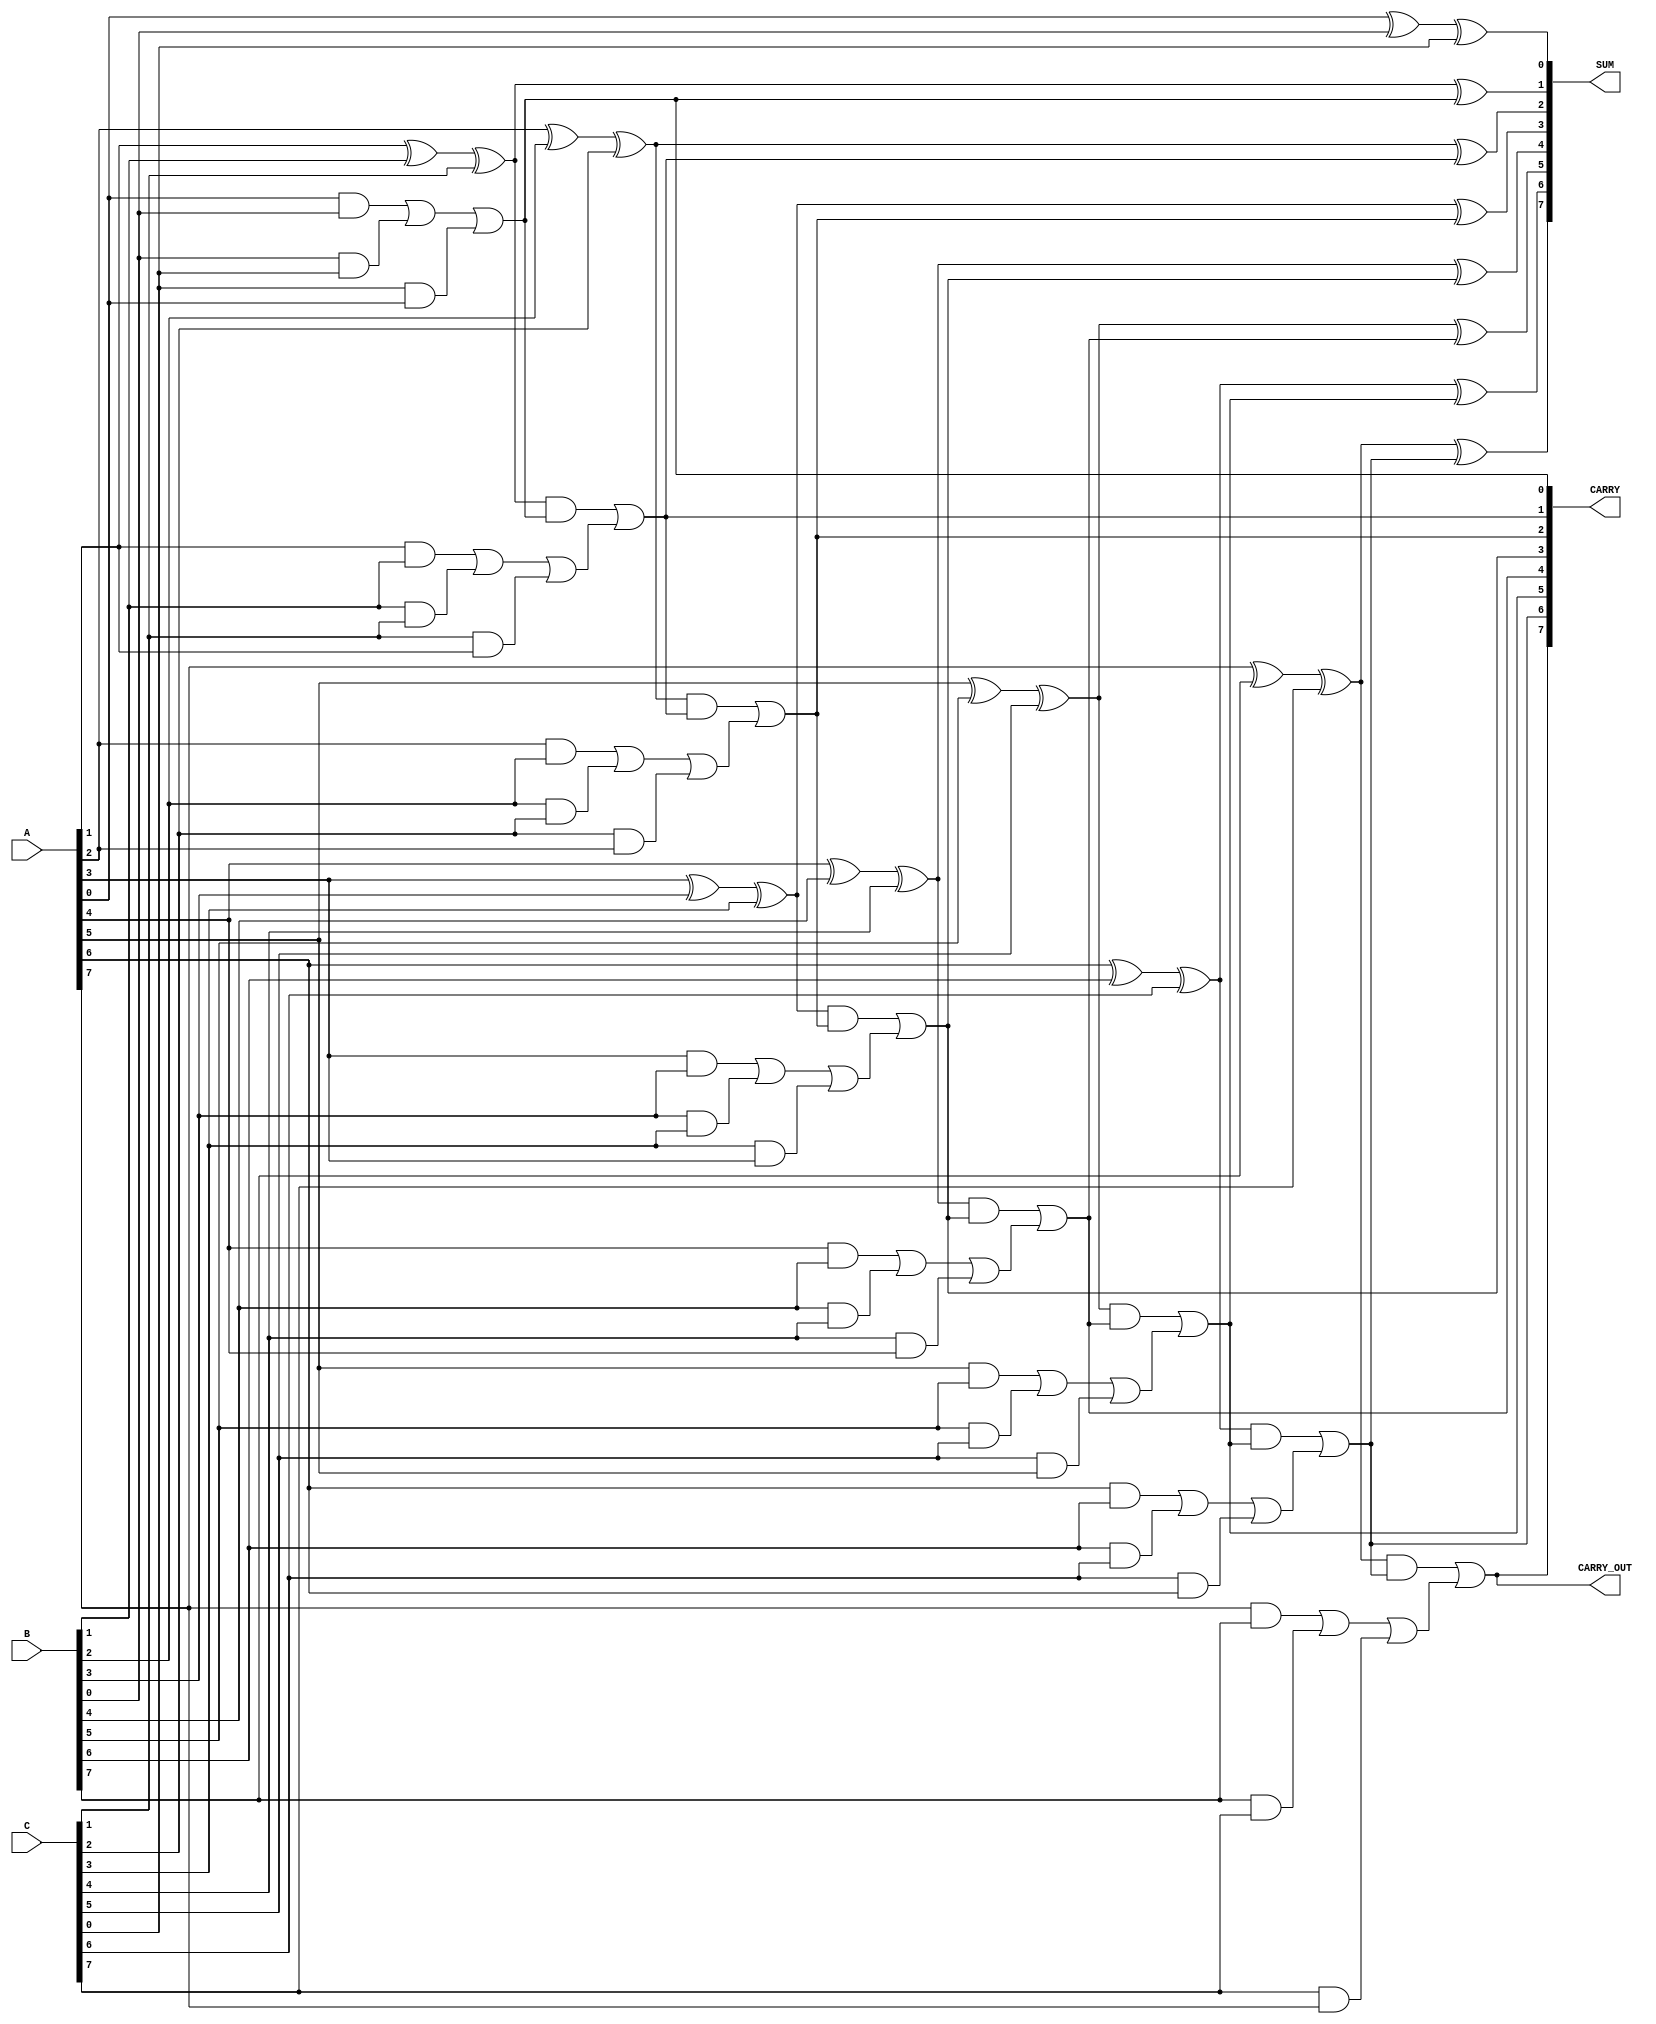
module CarrySaveAdder #(
    parameter N = 8 // Width of input operands
)(
    input [N-1:0] A,
    input [N-1:0] B,
    input [N-1:0] C,
    output [N-1:0] SUM,
    output [N-1:0] CARRY,
    output CARRY_OUT
);

    wire [N-1:0] S1, S2, C1, C2;

    // First stage of the Carry Save Adder
    // Full adders calculating sums and carries
    genvar i;

    generate
    for (i = 0; i < N; i = i + 1) begin : csa_full_adders
        // Sum and Carry for the first stage
        assign S1[i] = A[i] ^ B[i] ^ C[i]; // Sum calculation
        assign C1[i] = (A[i] & B[i]) | (B[i] & C[i]) | (C[i] & A[i]); // Carry calculation
    end
    endgenerate

    // Second stage takes outputs of the first stage into account
    generate
    for (i = 0; i < N; i = i + 1) begin : final_adders
        if (i == 0) begin
            // For the first full adder, we only take the first carry
            assign S2[i] = S1[i]; // Pass through sum
            assign C2[i] = C1[i]; // Pass through carry
        end else begin
            // For subsequent full adders, use previous sum and carry
            assign S2[i] = S1[i] ^ C2[i-1]; // Sum output
            assign C2[i] = (S1[i] & C2[i-1]) | C1[i]; // Carry output
        end
    end
    endgenerate

    // Final stage to combine the last carry and sum outputs
    assign SUM = S2;
    assign CARRY = C2;
    
    // Compute final carry out (only one bit, if needed)
    assign CARRY_OUT = C2[N-1]; // Most significant carry

endmodule